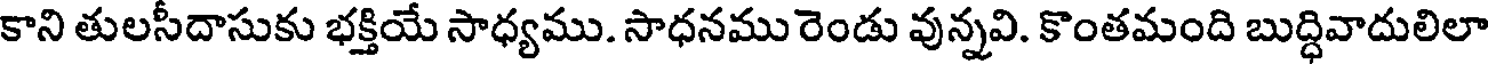
కాని తులసీదాసుకు భక్తియే సాధ్యము. సాధనము రెండు వున్నవి. కొంతమంది బుద్ధివాదులిలా